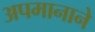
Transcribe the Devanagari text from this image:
अपमानाने